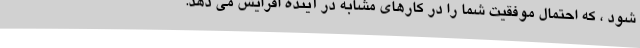
شود ، که احتمال موفقیت شما را در کارهای مشابه در آینده افزایش می دهد.